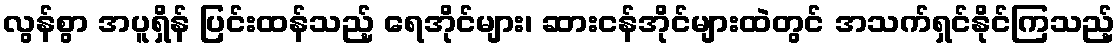
လွန်စွာ အပူရှိန် ပြင်းထန်သည့် ရေအိုင်များ၊ ဆားငန်အိုင်များထဲတွင် အသက်ရှင်နိုင်ကြသည့်